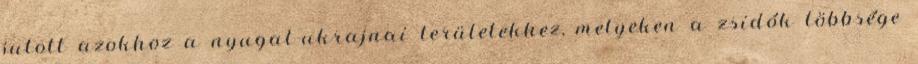
jutott azokhoz a nyugat-ukrajnai területekhez, melyeken a zsidók többsége